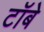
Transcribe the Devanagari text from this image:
टॉबे